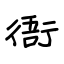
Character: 衙